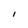
Character: I